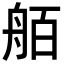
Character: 𮎋